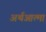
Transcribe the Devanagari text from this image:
अर्थआत्मा